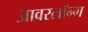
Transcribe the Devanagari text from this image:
आवरलॉन्ग